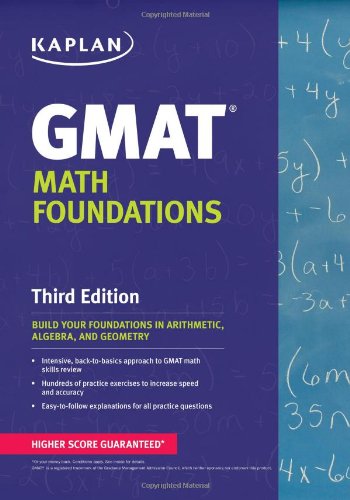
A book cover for Kaplan GMAT Math Foundations; Kaplan; Test Preparation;